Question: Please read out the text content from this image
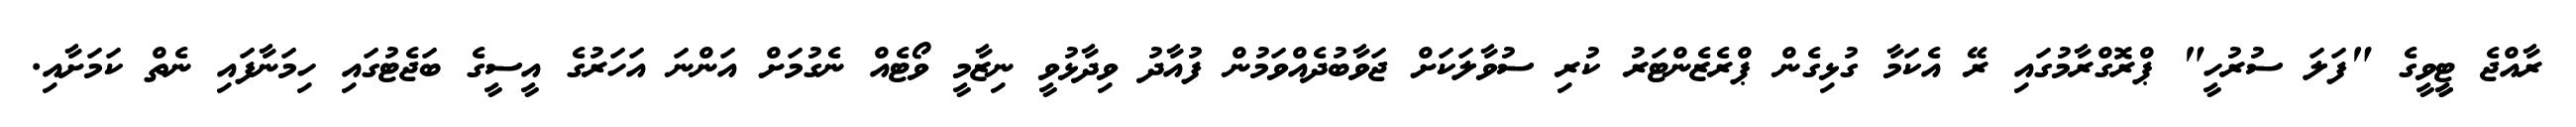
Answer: ރާއްޖެ ޓީީވީގެ "ފަލަ ސުރުހީ" ޕްރޮގްރާމުގައި ރޭ އެކަމާ ގުޅިގެން ޕްރެޒެންޓަރު ކުރި ސުވާލަކަށް ޖަވާބުދެއްވަމުން ފުއާދު ވިދާޅުވީ ނިޒާމީ ވޯޓެއް ނެގުމަށް އަންނަ އަހަރުގެ އީސީގެ ބަޖެޓުގައި ހިމަނާފައި ނެތް ކަމަށާއި.